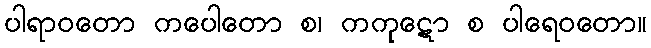
ပါရာဝတော ကပေါတော စ၊ ကကုဋော စ ပါရေဝတော။